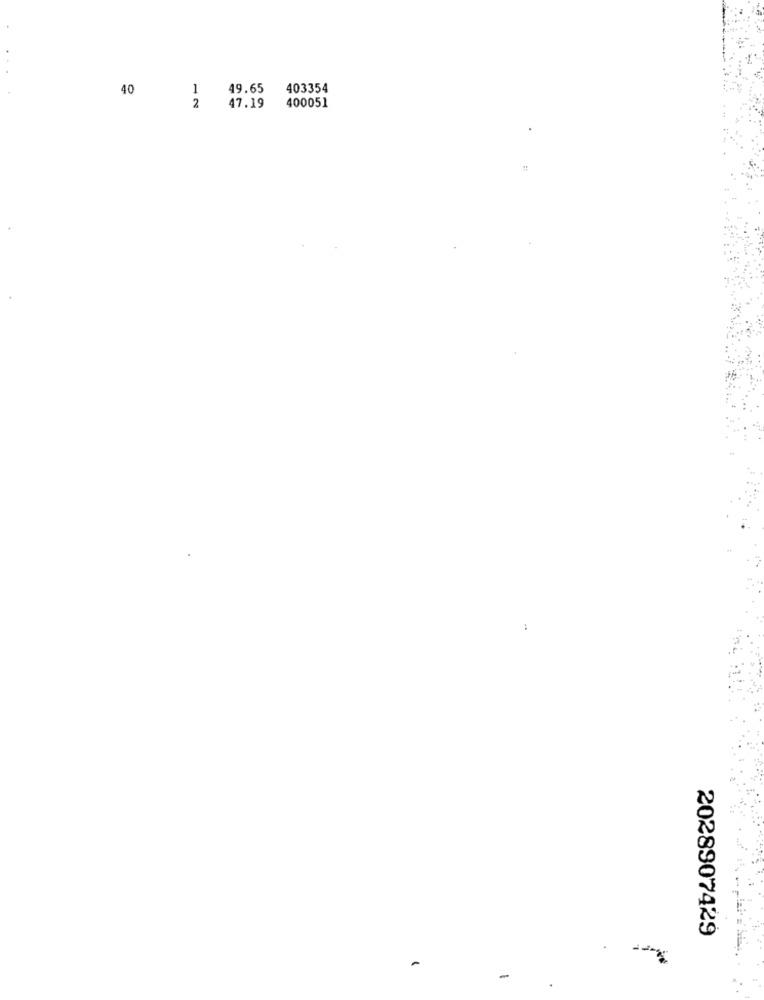
40
1
49.65
403354
47.19
400051
2
2028907429
.